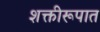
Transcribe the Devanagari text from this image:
शक्तीरूपात